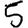
Digit: 5